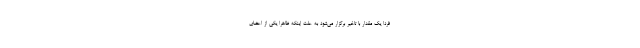
فردا یک مقدار با تاخیر برگزار می‌شود به علت اینکه ظاهرا یکی از اعضای